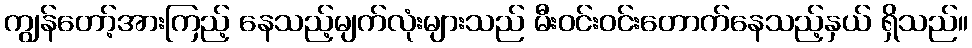
ကျွန်တော့်အားကြည့် နေသည့်မျက်လုံးများသည် မီးဝင်းဝင်းတောက်နေသည့်နှယ် ရှိသည်။